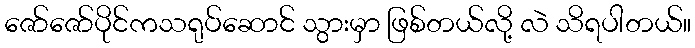
ဇော်ဇော်ပိုင်ကသရုပ်ဆောင် သွားမှာ ဖြစ်တယ်လို့ လဲ သိရပါတယ်။